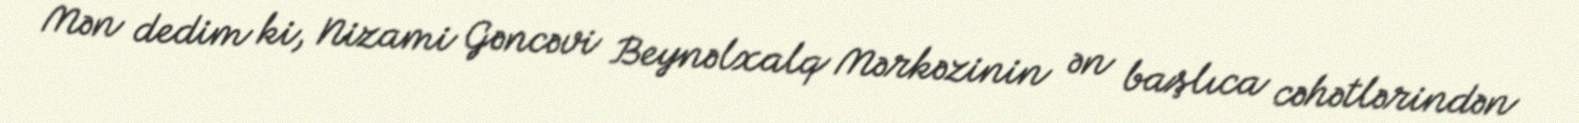
Mən dedim ki, Nizami Gəncəvi Beynəlxalq Mərkəzinin ən başlıca cəhətlərindən